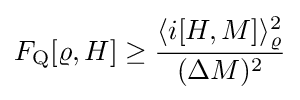
F_{\rm {Q}}[\varrho ,H]\geq {\frac {\langle i[H,M]\rangle _{\varrho }^{2}}{(\Delta M)^{2}}}